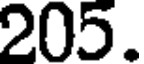
205.